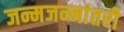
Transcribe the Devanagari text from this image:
जन्मजन्मांतरी